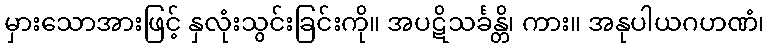
မှားသောအားဖြင့် နှလုံးသွင်းခြင်းကို။ အပဋိသင်္ခန္တိ၊ ကား။ အနုပါယဂဟဏံ၊